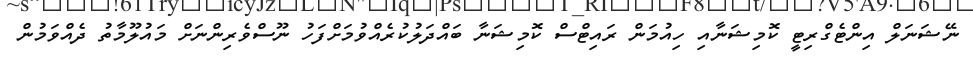
ނޭޝަނަލް އިންޓެގްރިޓީ ކޮމިޝަނާއި ހިއުމަން ރައިޓްސް ކޮމިޝަނާ ބައްދަލުކުރެއްވުމަށްފަހު ނޫސްވެރިންނަށް މައުލޫމާތު ދެއްވަމުން